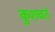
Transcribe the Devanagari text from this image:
कुशवर्त